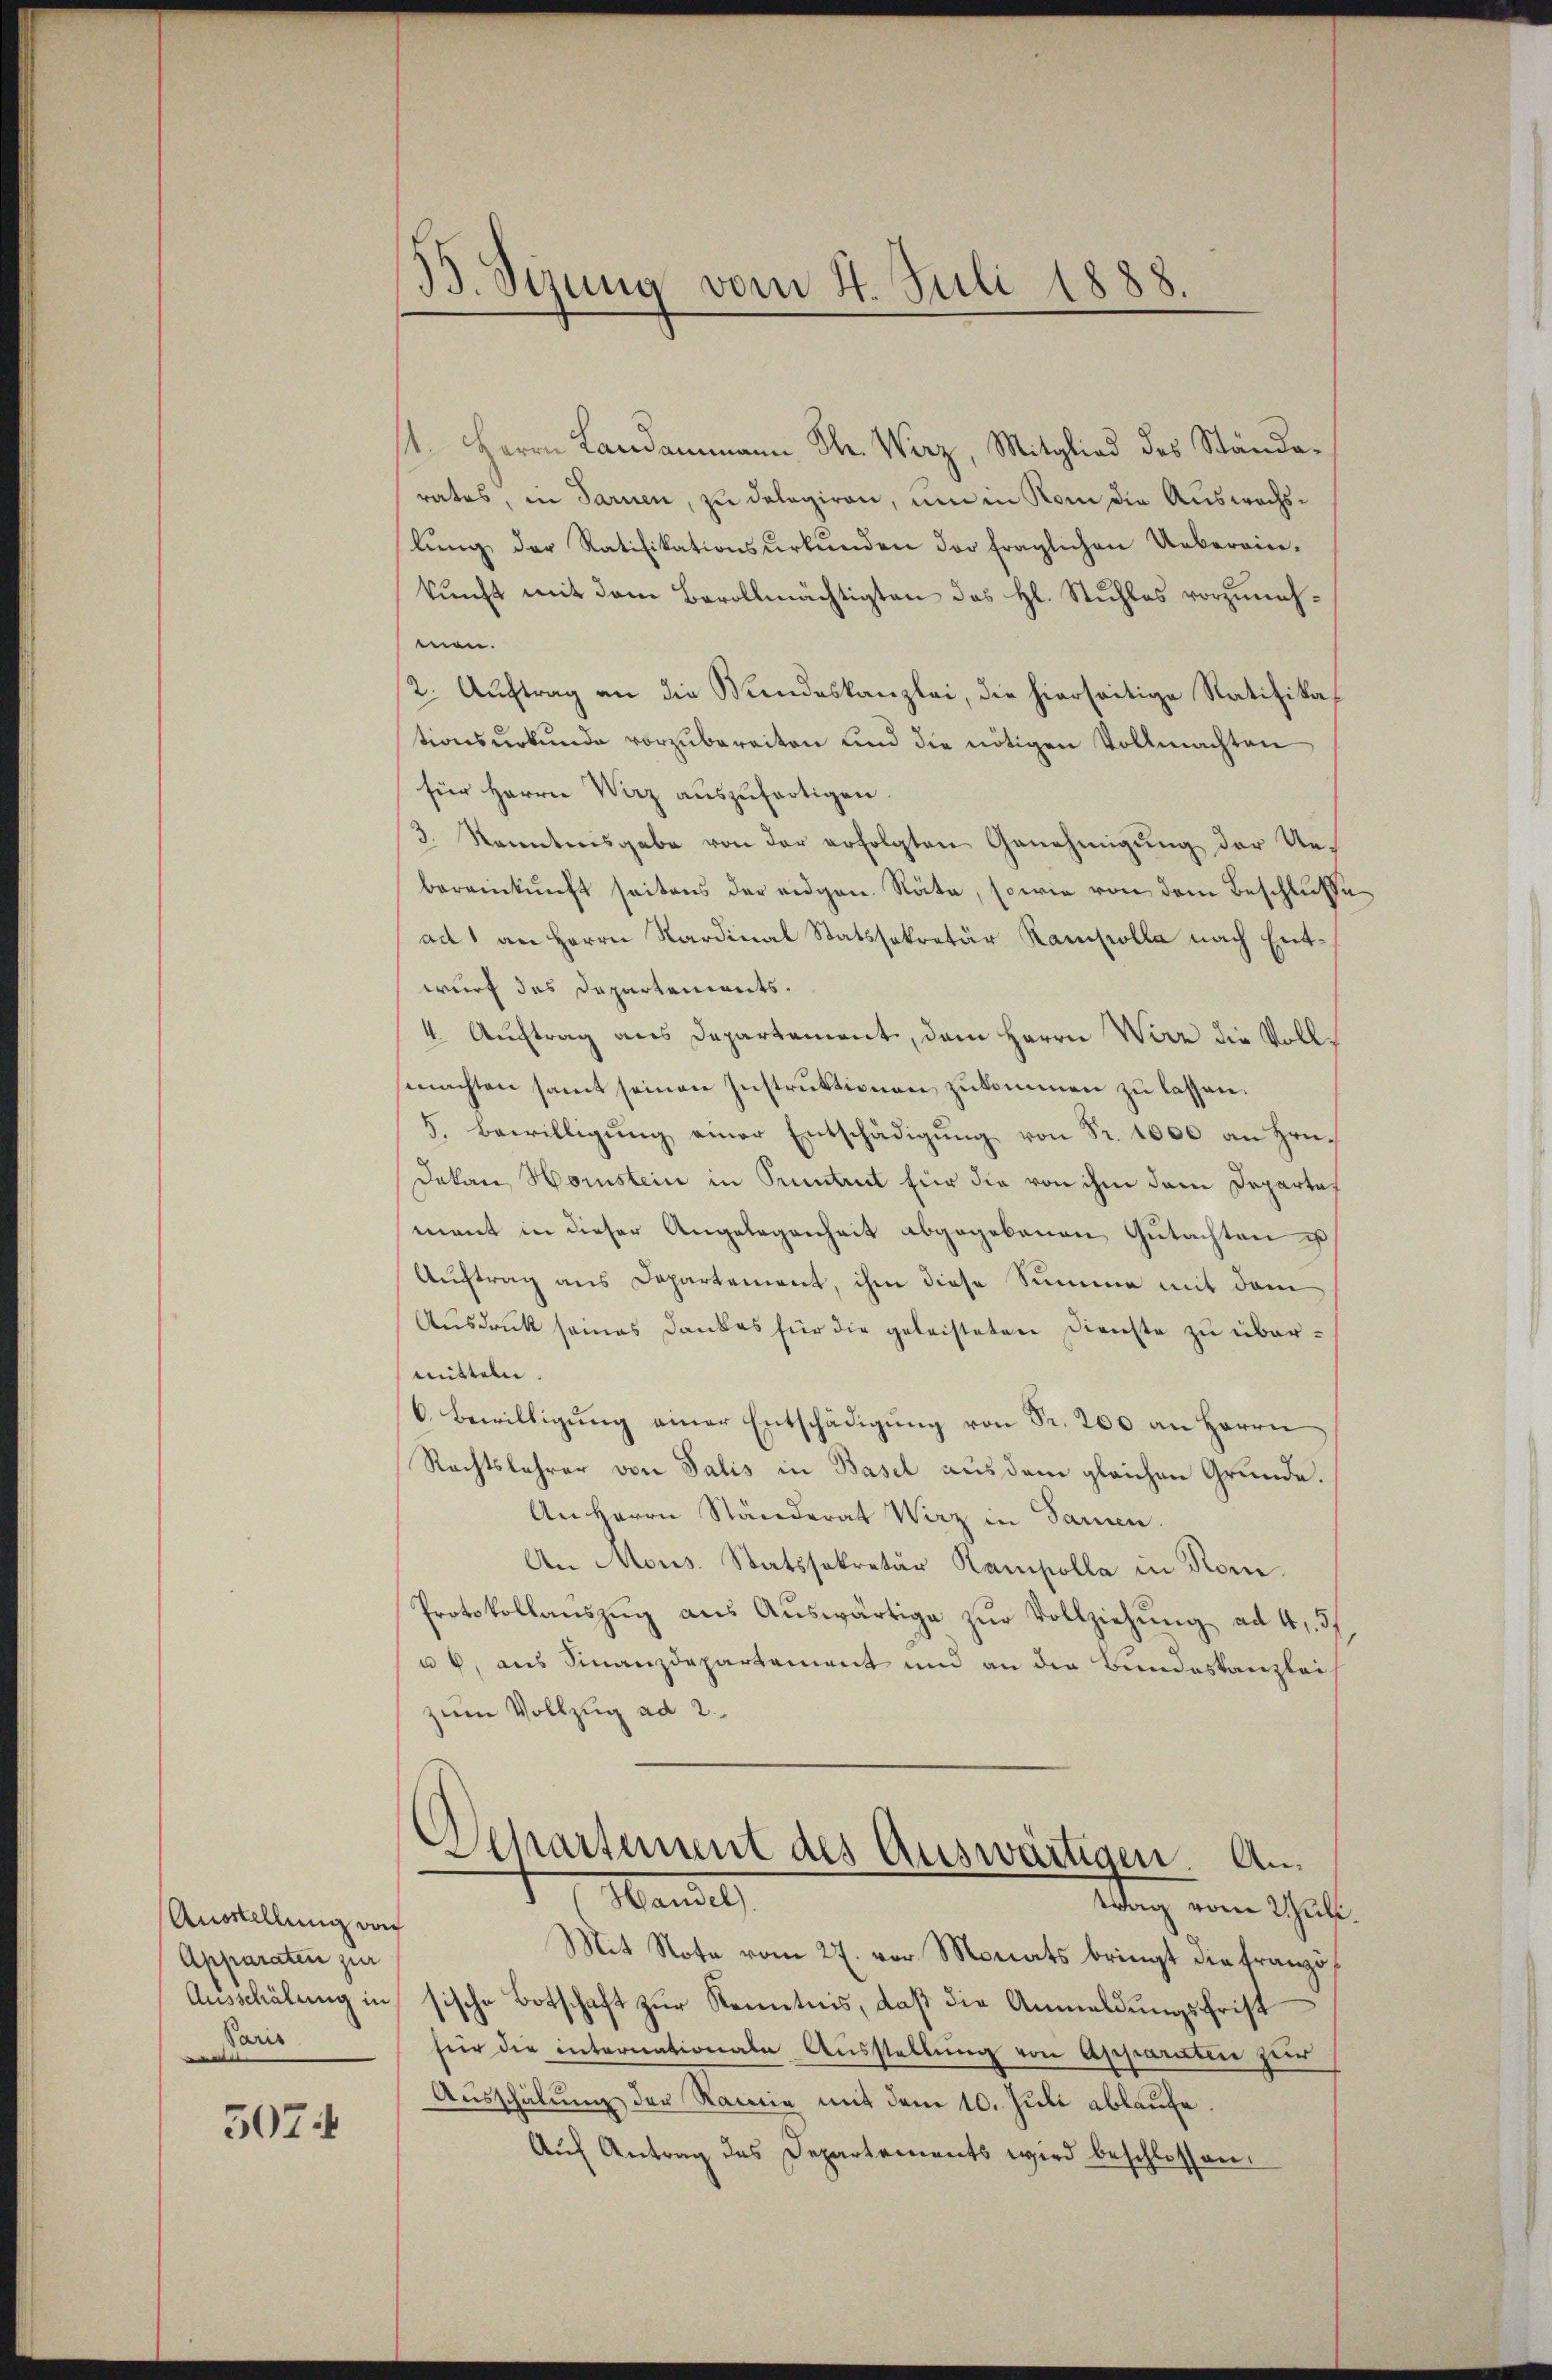
Ausstellung doch
Apparaten zur
Ausschälung in
Paris

507

39. Sizung vom 4. Juli 1888.

/1. Herrn Landammann Th. Wirz, Mitglied des Ständerates, in Sarnen, zu dologiren, um in Kam die Auswachslŭng der Ratifikationsŭrkŭnden der fraglichen Ueberein-
kunft mit dem Bevollmächtigten des Hl. Stuhles vorzunehmen.
2. Auftrag an die Wundeskanzlei, die hierseitige Ratifikationsŭrkŭnde vorzubereiten und die nötigen Vollmachten
für Herrn Verz auszufertigen.
3. kanntensgabe von der erfolgten Genehmigung der Uebereinkunft seitens der eidgen. Räte, sowie von dem Beschlusse
ad 1 an Herrn Kardinal Statssekretär Rampolla nach Entwurf das Departements.
4. Auftrag aus Departement, dem Herrn Wirz die Vollmachten samt seinen Instruktionen zukommen zu lassen.
5. Bewilligung einer Entschädigung von Fr. 1000 an Hrn.
Dekan Hornstein in Pruntrut für die von ihm dem Departemant in dieser Angelegenheit abgegebenen Gutachten is
Auftrag aus Departement, ihm diese Summe mit dem
Ausdruck seines Dankes für die geleisteten Dienste zu übermitteln.
6. Bewilligŭng einer Entschädigŭng von Fr. 200 an Herrn
Rechtslehrer von Salis in Basel aus dem gleichen Grunde.
An Herrn Ständerat Wirz in Paren.
An Mons. Statssekretär Rampolla in Rom.
Protokollanszŭg aŭs Aŭswärtige zŭr Vollziehŭng ad 41. 37,
u 6, aus Finanzdepartement und an die Bundeskanzleizum Vollzug ad 2.
Departement des Auswärtigen. An¬
1 Mandel
wag vom Schul¬
Mit Note vom 27. vor Monats bringt die französische Botschaft zur Kenntnis, daß die Anmeldungsfrist
für die internationale Ausstellung von Apparaten zur
Ausschalung der Ramie mit dem 10. Juli ablaufe.
Auf Antrag des Departements wird beschlossen.